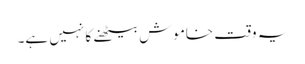
یہ وقت خاموش بیٹھنے کا نہیں ہے۔